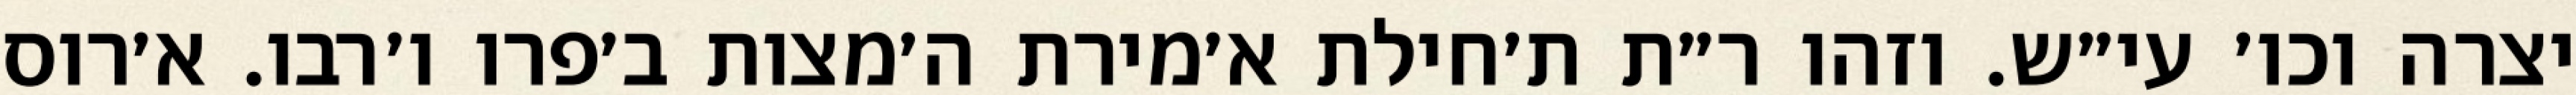
יצרה וכו׳ עי״ש. וזהו ר״ת ת׳חילת א׳מירת ה׳מצות ב׳פרו ו׳רבו. א׳רוס